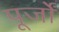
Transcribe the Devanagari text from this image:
पूर्जों